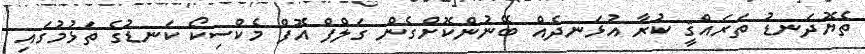
ތެޔޮދަނޑު ތަރައްޤީ ކުރާ އުޅަނދެއް ބޭނުންކޮށްގެން ގަލްފް އޮފް މެކްސިކޯ ކަނޑުގެ ތަޅުމުގައި